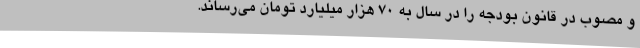
و مصوب در قانون بودجه را در سال به 70 هزار میلیارد تومان می‌رساند.